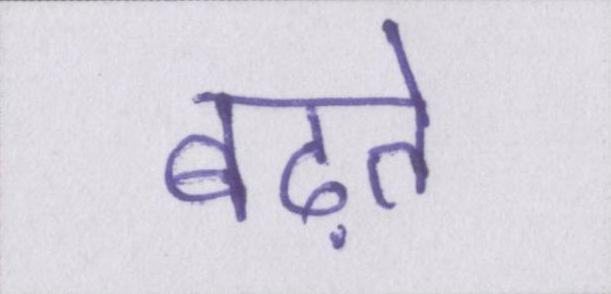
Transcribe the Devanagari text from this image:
बढ़ते